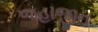
જહાજીન